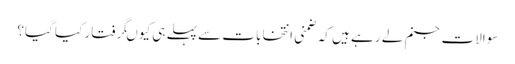
سوالات جنم لے رہے ہیں کہ ضمنی انتخابات سے پہلے ہی کیوںگرفتار کیا گیا؟